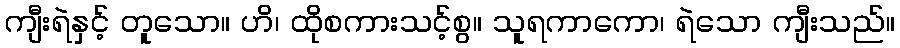
ကျီးရဲနှင့် တူသော။ ဟိ၊ ထိုစကားသင့်စွ။ သူရကာကော၊ ရဲသော ကျီးသည်။